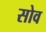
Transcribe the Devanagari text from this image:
सोव